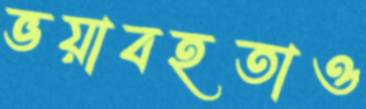
ভয়াবহতাও